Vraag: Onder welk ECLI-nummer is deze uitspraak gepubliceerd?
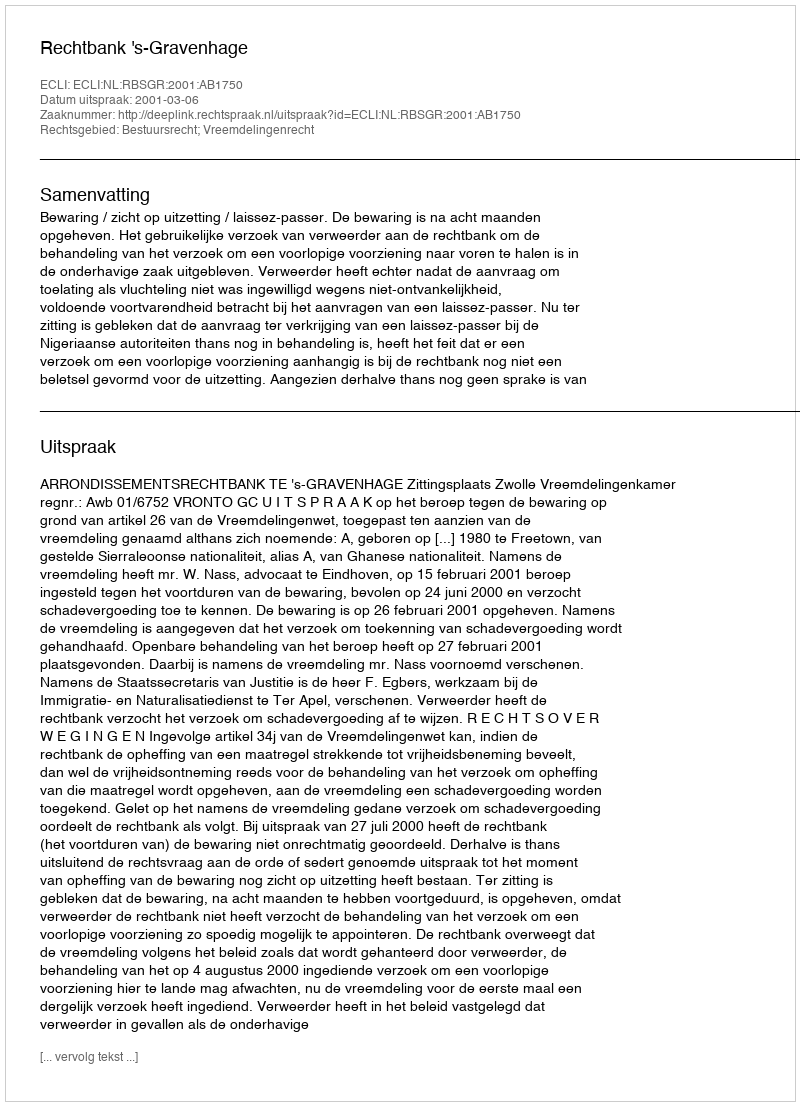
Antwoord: ECLI:NL:RBSGR:2001:AB1750